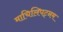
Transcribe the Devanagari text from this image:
माचिलिपट्नम